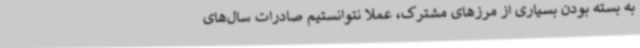
به بسته بودن بسیاری از مرزهای مشترک، عملا نتوانستیم صادرات سال‌های